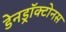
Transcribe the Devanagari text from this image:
डेनड्रॉक्टोनस